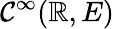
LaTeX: \mathcal{C}^{\infty}(\mathbb{{R}},E)